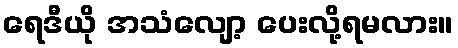
ရေဒီယို အသံလျော့ ပေးလို့ရမလား။